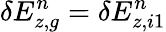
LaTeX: \delta E_{z,g}^{n}=\delta E_{z,i1}^{n}